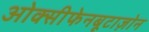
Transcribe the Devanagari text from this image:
ओक्सीफेनबूटाज़ोन